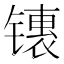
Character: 䦄